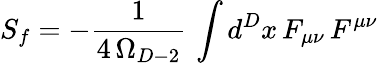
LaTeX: S_{f}=-{\frac{1}{4\, \Omega_{D-2}}}\, \int d^{D}x\, F_{\mu\nu}\, F^{\mu\nu}